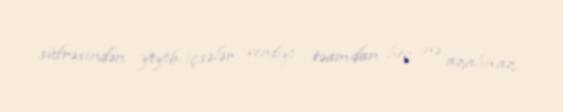
süfrəsindən yeyib-içsələr verdiyi təamdan heç nə azalmaz.